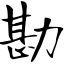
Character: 勘